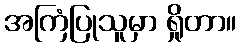
အကြံပြုသူမှာ ရှိုတာ။